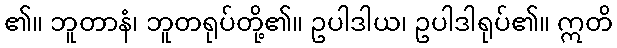
၏။ ဘူတာနံ၊ ဘူတရုပ်တို့၏။ ဥပါဒါယ၊ ဥပါဒါရုပ်၏။ ဣတိ